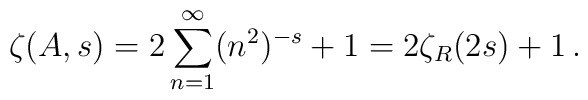
\zeta(A,s)=2\sum_{n=1}^{\infty}(n^2)^{-s}+1=2\zeta_R(2s)+1 \,.